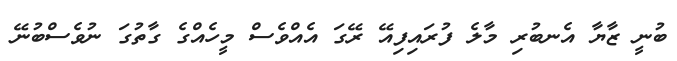
ބުނީ ޒާޔާ އެނބުރި މާލެ ފުރައިފިއޭ ރޭގަ އެއްވެސް މީހެއްގެ ގާތުގަ ނުވެސްބުނޭ